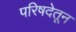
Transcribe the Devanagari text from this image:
परिषदेतून